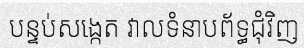
បន្ទប់សង្កេត វាលទំនាបព័ទ្ធជុំវិញ